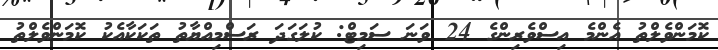
ކޮމަންވެލްތު އެންމެ އިސްވެރިންގެ 24 ވަނަ ސަމިޓް: ކުލަގަދަ ރަސްމިއްޔާތު ތަކަކާއެކު ކޮމަންވެލްތު